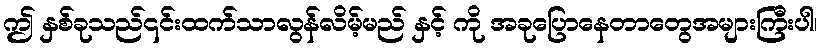
ဤ နှစ်ခုသည်၎င်းထက်သာလွန်လိမ့်မည် နှင့် ကို အခုပြောနေတာတွေအများကြီးပါ၊